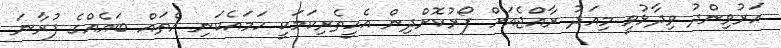
އަރުވިންދު ވިދާޅުވީ މިއަދު ރާއްޖެއަށް ފޯރުކޮށްދިން އެހީތެރިކަމަކީ ހަމައެކަނި އެތައް ބައެއްގެ ފުރާނަ